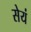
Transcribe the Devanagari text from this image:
सेयं